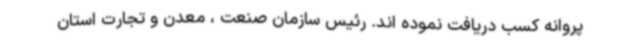
پروانه کسب دریافت نموده اند. رئیس سازمان صنعت ، معدن و تجارت استان